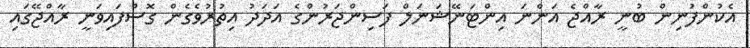
އެކުންފުނިން ބުނީ ރާއްޖެ އަންނަ އިންޓަނޭޝަނަލް ފަސިންޖަރުންގެ އަދަދު އިތުރުވެގެން ގޮސްފައިވަނީ ރާއްޖޭގައި